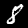
Digit: 8